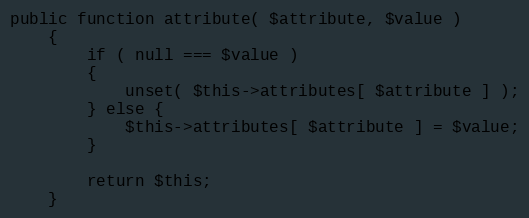
Language: PHP
public function attribute( $attribute, $value )
    {
        if ( null === $value )
        {
            unset( $this->attributes[ $attribute ] );
        } else {
            $this->attributes[ $attribute ] = $value;
        }

        return $this;
    }